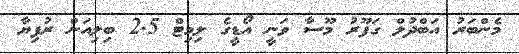
މެންބަރު އަބްދުލް ގަފޫރު މޫސާ ވަނީ އޯޑީގެ ލިމިޓް 2.5 ބިލިއަން ރުފިޔާ